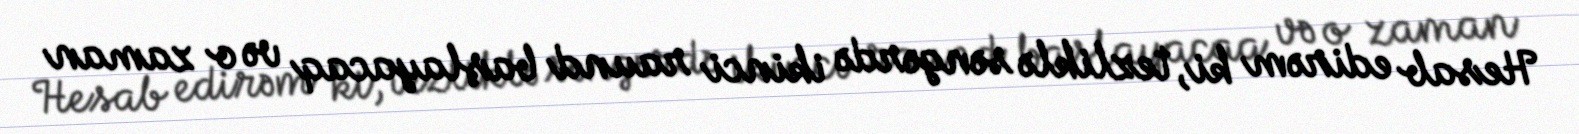
Hesab edirəm ki, tezliklə səngərdə ikinci raund başlayacaq və o zaman